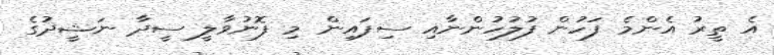
އެ ތީރު އެންމެ ފަހުން ފުލުހުންނާއި ސިފައިން މި ފޮނުވާލީ ސީދާ ނަޝީދުގެ